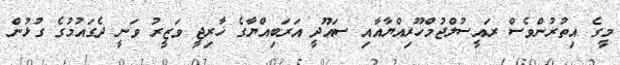
މީގެ އިތުރުންވެސް ރައީސުލްޖުމްހޫރިއްޔާއާއި ސައޫދީ އަރަބިއްޔާގެ ޚާރިޖީ ވަޒީރު ވަނީ ދެގައުމުގެ ގުޅުން